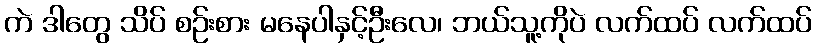
ကဲ ဒါတွေ သိပ် စဉ်းစား မနေပါနှင့်ဦးလေ၊ ဘယ်သူ့ကိုပဲ လက်ထပ် လက်ထပ်